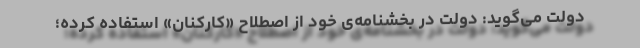
دولت می‌گوید: دولت در بخشنامه‌ی خود از اصطلاحِ «کارکنان» استفاده کرده؛